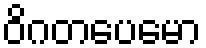
ဝိဂတပေမော